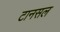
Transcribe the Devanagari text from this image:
टानसल